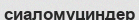
сиаломуциндер